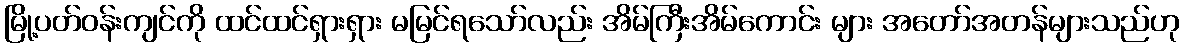
မြို့ပတ်ဝန်းကျင်ကို ထင်ထင်ရှားရှား မမြင်ရသော်လည်း အိမ်ကြီးအိမ်ကောင်း များ အတော်အတန်များသည်ဟု